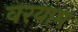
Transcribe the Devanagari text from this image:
वरयाम